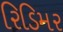
રિડિમર